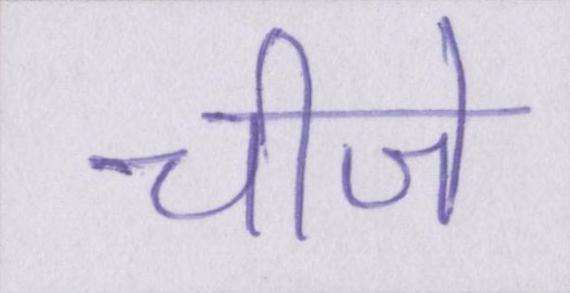
चीजे